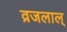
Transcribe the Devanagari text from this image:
व्रजलाल्